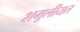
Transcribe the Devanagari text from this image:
शमूलीयत